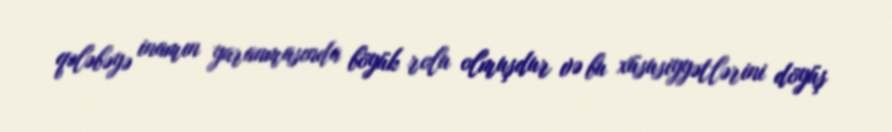
qələbəyə inamın yaranmasında böyük rolu olmuşdur və bu xüsusiyyətlərini döyüş